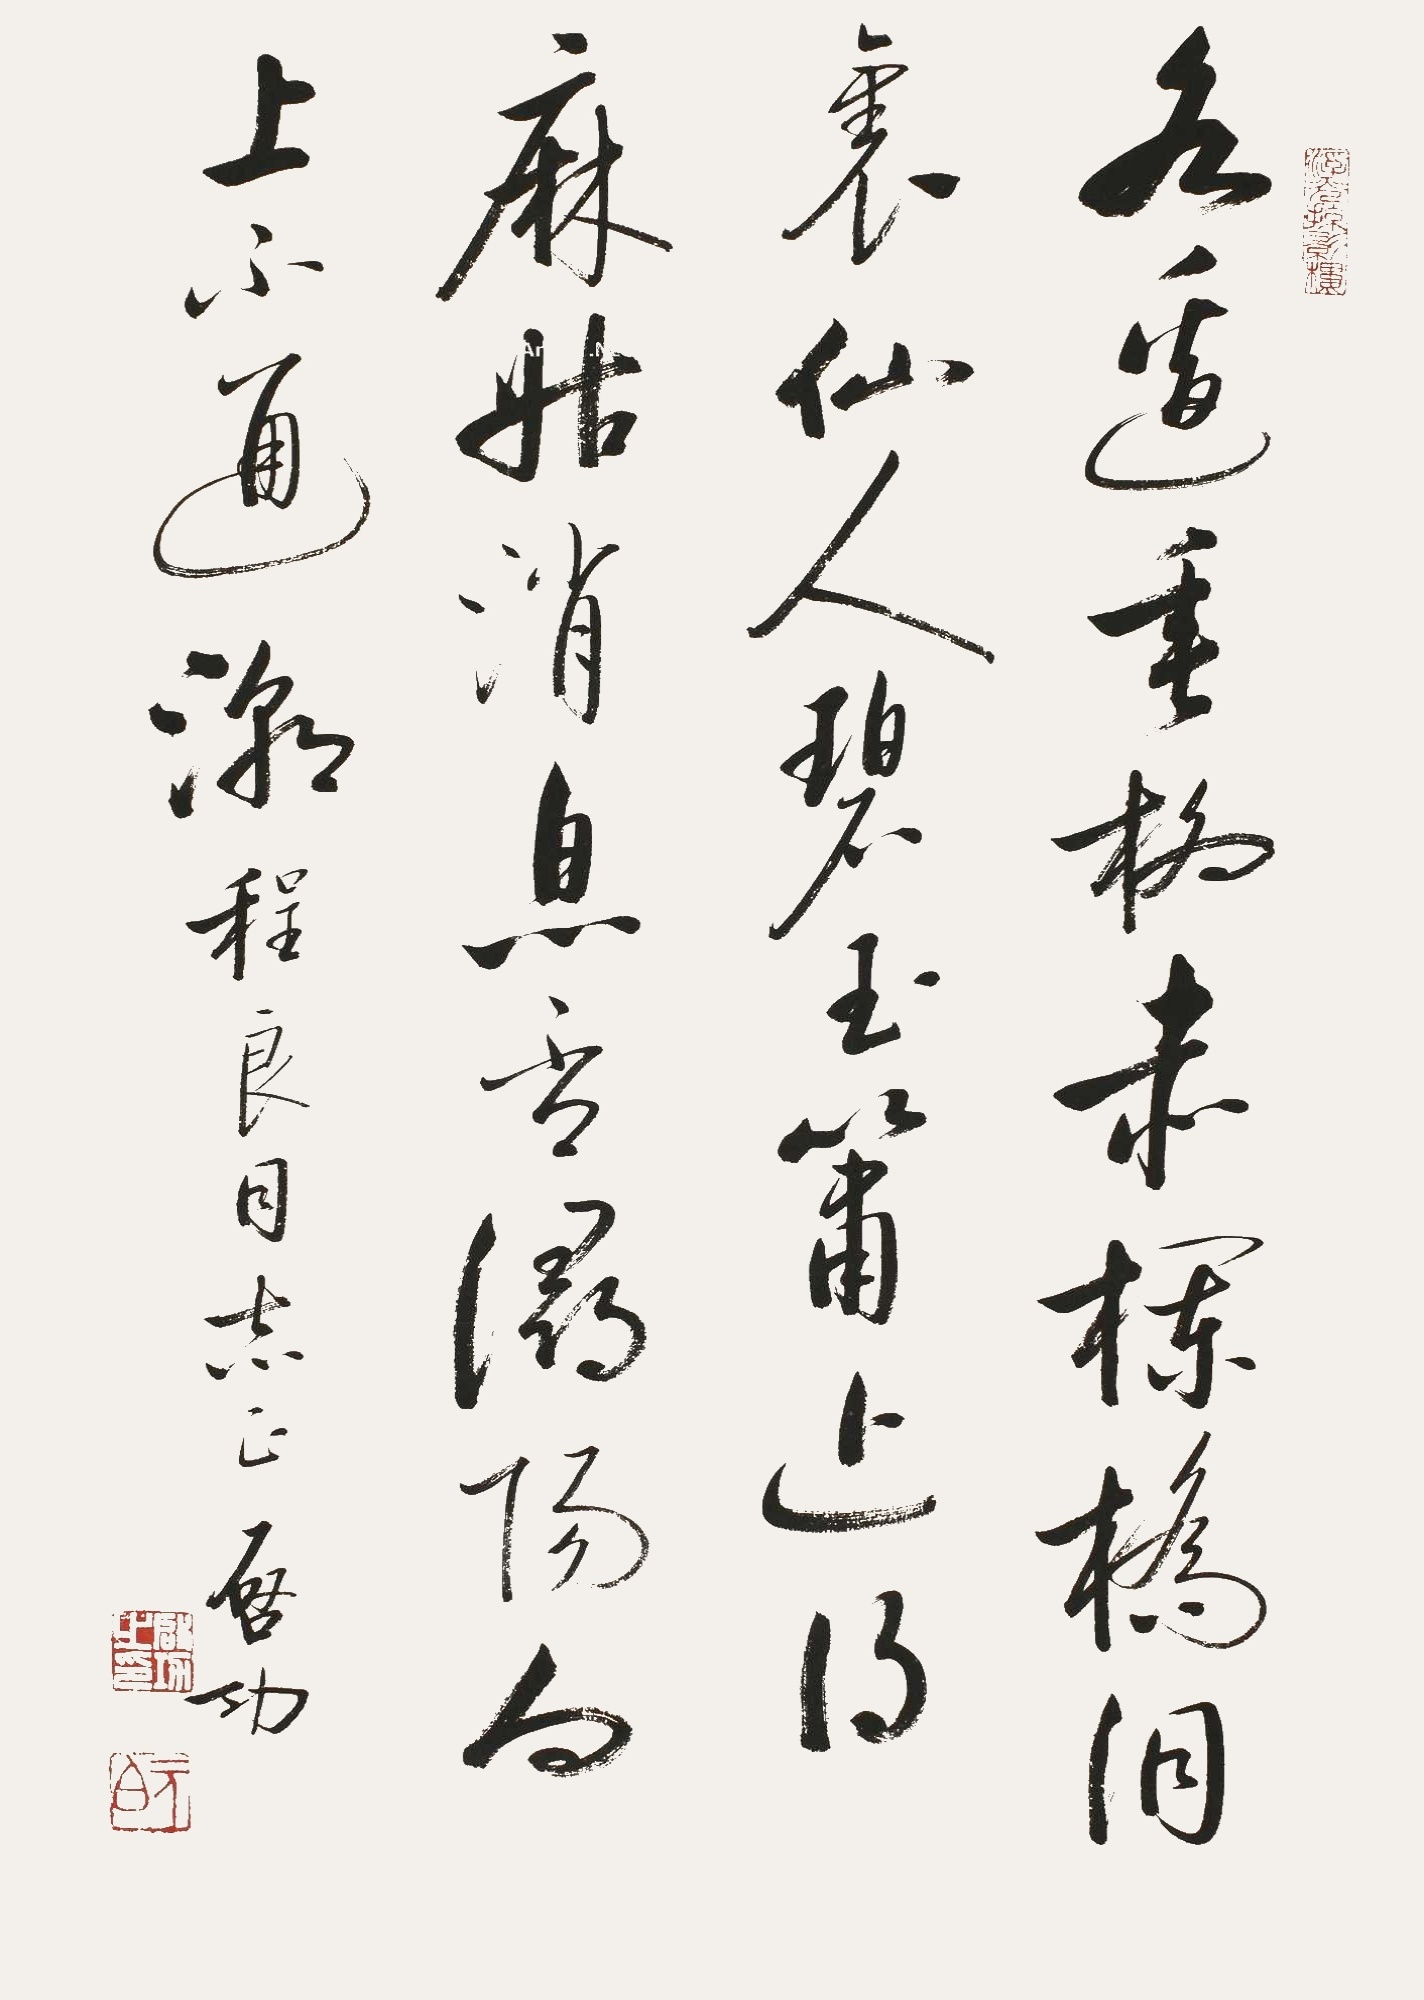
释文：水边垂柳赤栏桥，洞里仙人碧玉箫。近得麻姑消息否，浔阳向上不通潮。程良同志正，启功。